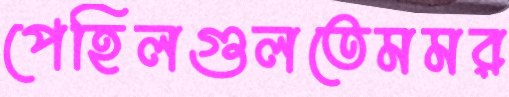
পেহিলগুলতেমমর